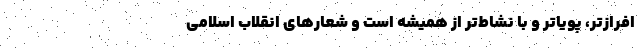
افرازتر، پویاتر و با نشاط‌تر از همیشه است و شعارهای انقلاب اسلامی